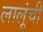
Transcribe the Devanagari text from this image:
लालूंची